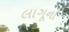
લાગૂનો